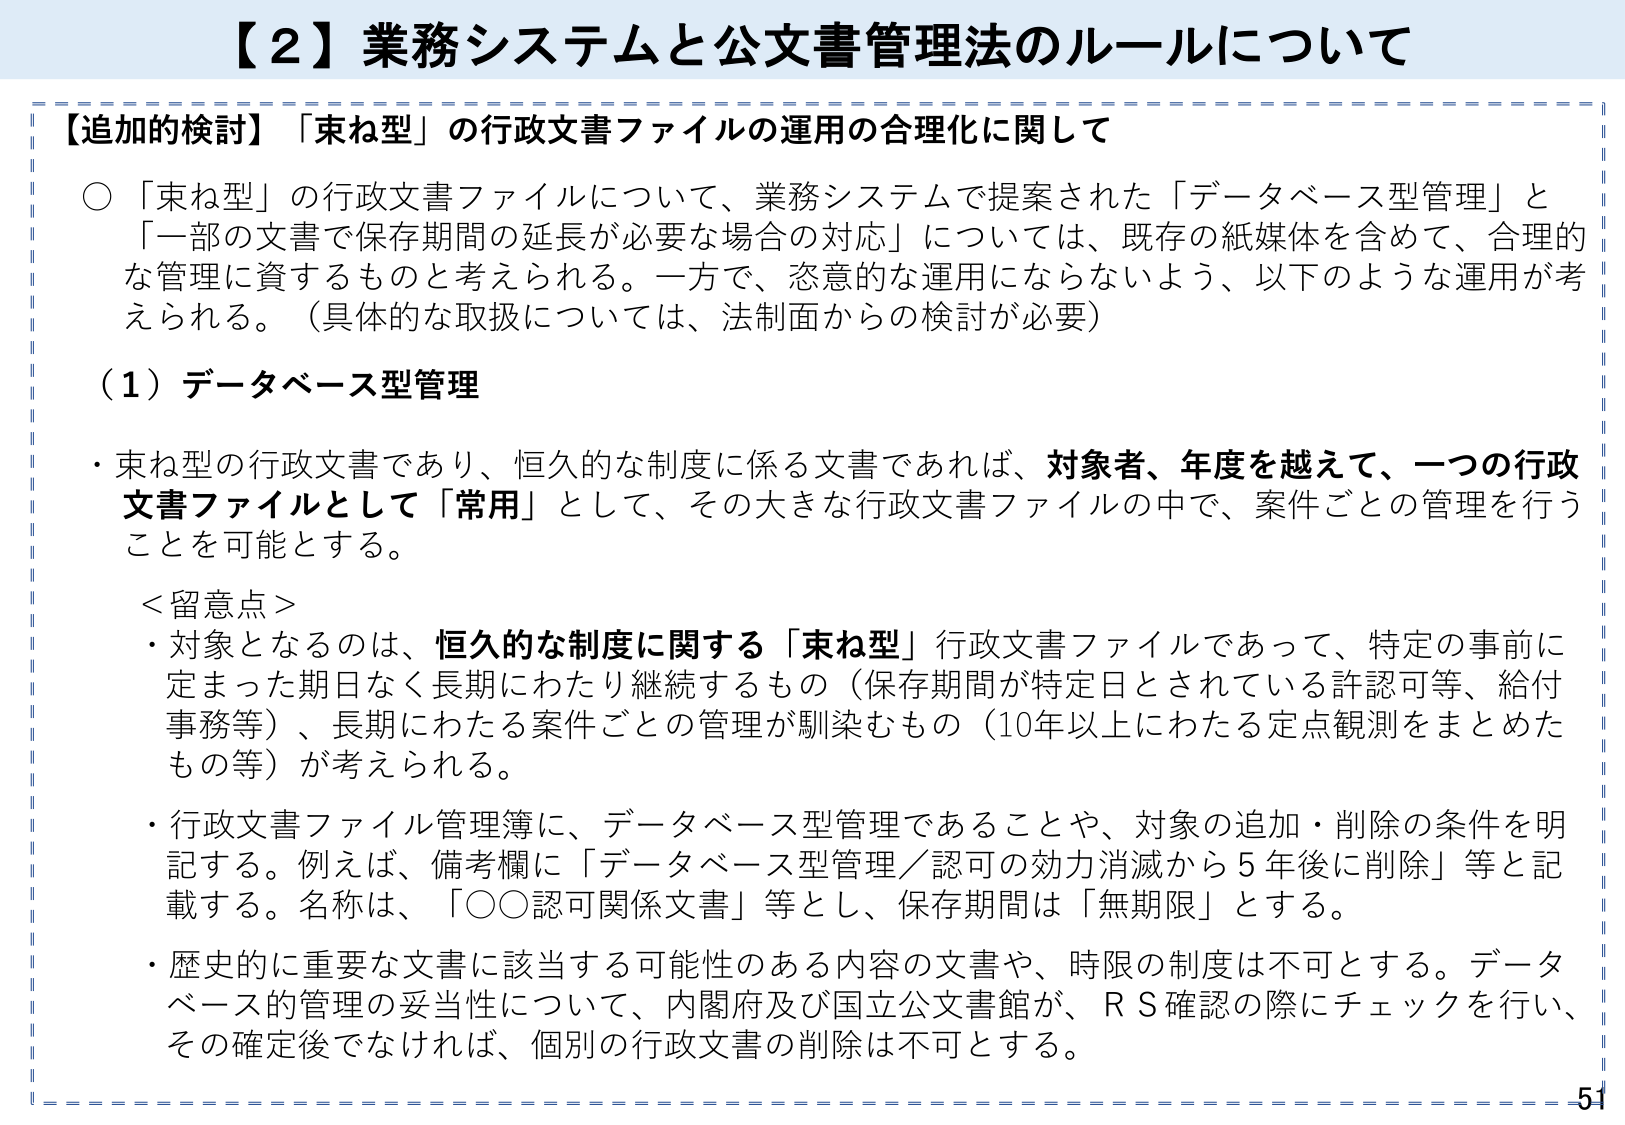
【２】業務システムと公文書管理法のルールについて

【追加的検討】「束ね型」の行政文書ファイルの運用の合理化に関して

○「束ね型」の行政文書ファイルについて、業務システムで提案された「データベース型管理」と「一部の文書で保存期間の延長が必要な場合の対応」については、既存の紙媒体を含めて、合理的な管理に資するものと考えられる。一方で、恣意的な運用にならないよう、以下のような運用が考えられる。（具体的な取扱については、法制面からの検討が必要）

（１）データベース型管理

・束ね型の行政文書であり、恒久的な制度に係る文書であれば、対象者、年度を越えて、一つの行政文書ファイルとして「常用」として、その大きな行政文書ファイルの中で、案件ごとの管理を行うことを可能とする。

＜留意点＞

・対象となるのは、恒久的な制度に関する「束ね型」行政文書ファイルであって、特定の事前に定まった期日なく長期にわたり継続するもの（保存期間が特定日とされている許認可等、給付事務等）、長期にわたる案件ごとの管理が馴染むもの（10年以上にわたる定点観測をまとめたもの等）が考えられる。

・行政文書ファイル管理簿に、データベース型管理であることや、対象の追加・削除の条件を明記する。例えば、備考欄に「データベース型管理／認可の効力消滅から５年後に削除」等と記載する。名称は、「○○認可関係文書」等とし、保存期間は「無期限」とする。

・歴史的に重要な文書に該当する可能性のある内容の文書や、時限の制度は不可とする。データベース的管理の妥当性について、内閣府及び国立公文書館が、ＲＳ確認の際にチェックを行い、その確定後でなければ、個別の行政文書の削除は不可とする。

51